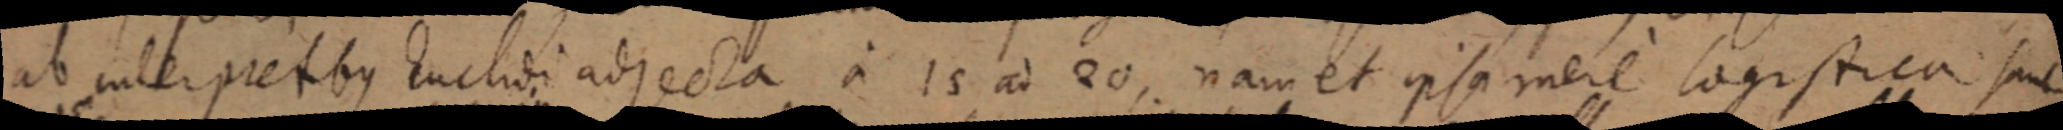
ab interpretibus Euclidi adjecta a 15 ad eo,. nam et ipsa mere logistica sunt